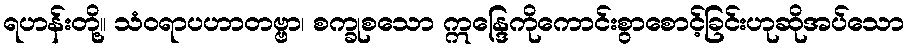
ရဟန်းတို့။ သံဝရာပဟာတဗ္ဗာ၊ စက္ခုစသော ဣန္ဒြေကိုကောင်းစွာစောင့်ခြင်းဟုဆိုအပ်သော